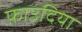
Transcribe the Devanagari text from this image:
फ़ाउदिया